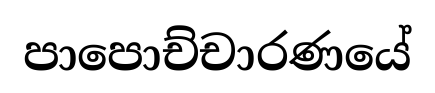
පාපොච්චාරණයේ